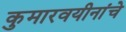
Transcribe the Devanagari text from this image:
कुमारवयीनांचे